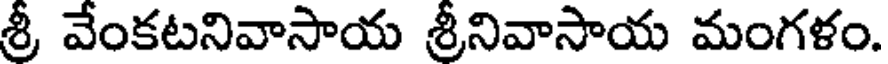
శ్రీ వేంకటనివాసాయ శ్రీనివాసాయ మంగళం.